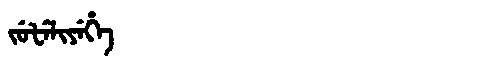
Manchu: ᠵᡠᡶᡝᠯᡳᠶᡝᡥᡝ
Romanization: JUFELIYEHE